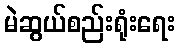
မဲဆွယ်စည်းရုံးရေး